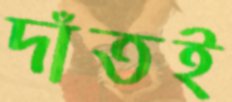
দাঁতই